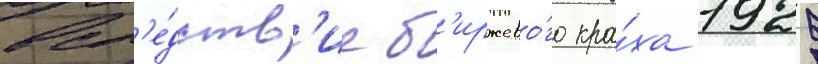
всл'е́дств'ие б'иржево́го кра́ха 1929